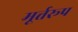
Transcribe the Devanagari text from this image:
मूर्त्तरूप